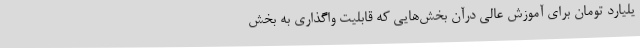
یلیارد تومان برای آموزش عالی درآن بخش‌هایی که قابلیت واگذاری به بخش